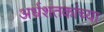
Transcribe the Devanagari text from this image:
अर्धशतकांच्या